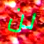
لن